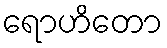
ရောဟိတော